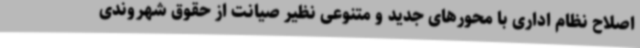
اصلاح نظام اداری با محورهای جدید و متنوعی نظیر صیانت از حقوق شهروندی